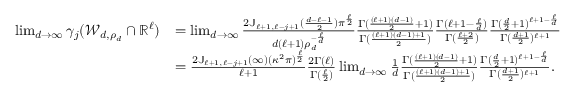
\begin{array} { r l } { \operatorname* { l i m } _ { d \to \infty } \gamma _ { j } ( \mathcal { W } _ { d , \rho _ { d } } \cap \mathbb { R } ^ { \ell } ) } & { = \operatorname* { l i m } _ { d \to \infty } \frac { 2 \mathbb J _ { \ell + 1 , \ell - j + 1 } ( { \frac { d - \ell - 1 } { 2 } } ) \pi ^ { \frac { \ell } { 2 } } } { d ( \ell + 1 ) \rho _ { d } ^ { - { \frac { \ell } { d } } } } \frac { \Gamma ( { \frac { ( \ell + 1 ) ( d - 1 ) } { 2 } } + 1 ) } { \Gamma ( { \frac { ( \ell + 1 ) ( d - 1 ) + 1 } { 2 } } ) } \frac { \Gamma ( \ell + 1 - { \frac { \ell } { d } } ) } { \Gamma ( { \frac { \ell + 2 } { 2 } } ) } \frac { \Gamma ( { \frac { d } { 2 } } + 1 ) ^ { \ell + 1 - { \frac { \ell } { d } } } } { \Gamma ( { \frac { d + 1 } { 2 } } ) ^ { \ell + 1 } } } \\ & { = \frac { 2 \mathbb J _ { \ell + 1 , \ell - j + 1 } ( \infty ) ( \kappa ^ { 2 } \pi ) ^ { \frac { \ell } { 2 } } } { \ell + 1 } \frac { 2 \Gamma ( \ell ) } { \Gamma ( { \frac { \ell } { 2 } } ) } \operatorname* { l i m } _ { d \to \infty } \frac 1 d \frac { \Gamma ( { \frac { ( \ell + 1 ) ( d - 1 ) } { 2 } } + 1 ) } { \Gamma ( { \frac { ( \ell + 1 ) ( d - 1 ) + 1 } { 2 } } ) } \frac { \Gamma ( { \frac { d } { 2 } } + 1 ) ^ { \ell + 1 - { \frac { \ell } { d } } } } { \Gamma ( { \frac { d + 1 } { 2 } } ) ^ { \ell + 1 } } . } \end{array}